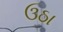
ઉઠા